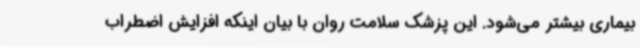
بیماری بیشتر می‌شود. این پزشک سلامت روان با بیان اینکه افزایش اضطراب